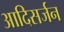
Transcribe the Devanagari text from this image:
आदिसर्जन